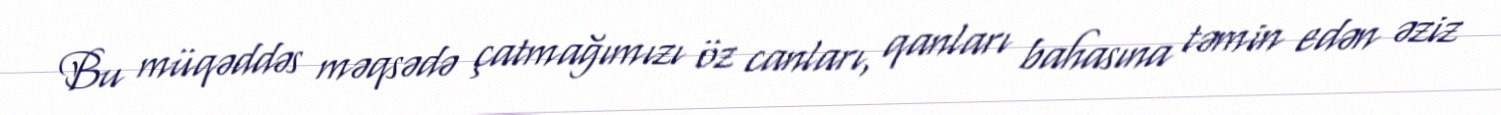
Bu müqəddəs məqsədə çatmağımızı öz canları, qanları bahasına təmin edən əziz